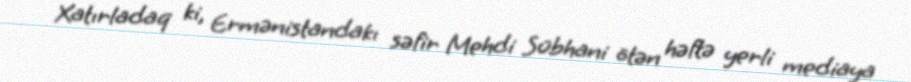
Xatırladaq ki, Ermənistandakı səfir Mehdi Sübhani ötən həftə yerli mediaya